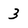
Character: 3